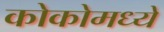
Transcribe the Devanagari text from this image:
कोकोमध्ये